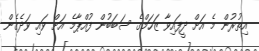
އިތުރުން މެ އަށް ދީފައިވާ ޒަހަމްގެ ސަބަބުން ފުއްޕާމެ އަށް ވައި ވަދެގެން